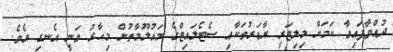
ދުއްވާފައިވާ ކަމަށް މިލިޓަރީ ރާޑަރުތަކާއި ސެޓެލައިޓްގެ މައުލޫމާތުން މިހާރު ވަނީ އެނގި އެވެ.